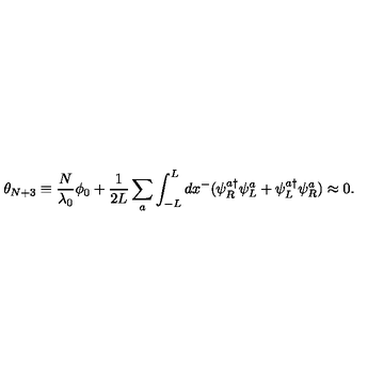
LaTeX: \theta _ { N + 3 } \equiv \frac { N } { \lambda _ { 0 } } \phi _ { 0 } + \frac { 1 } { 2 L } \sum _ { a } \int _ { - L } ^ { L } d x ^ { - } ( \psi _ { R } ^ { a \dag } \psi _ { L } ^ { a } + \psi _ { L } ^ { a \dag } \psi _ { R } ^ { a } ) \approx 0 .